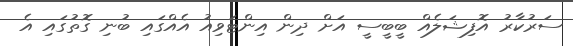
ސަރުކާރު އޮފިޝަލެއް ބީބީސީ އަށް ދިން އިންޓަވިއު އެއްގައި ބުނި ގޮތުގައި އެ